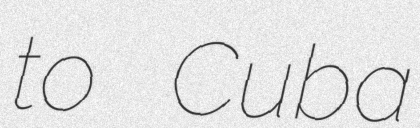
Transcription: to Cuba